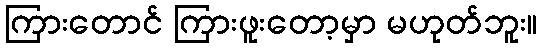
ကြားတောင် ကြားဖူးတော့မှာ မဟုတ်ဘူး။